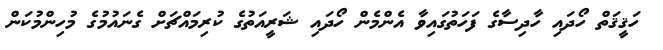
ހަޤީޤަތް ހޯދައި ހާދިސާގެ ފަަހަތުގައިވާ އެންމެން ހޯދައި ޝަރީއަތުގެ ކުރިމައްޗަށް ގެނައުމުގެ މުހިންމުކަން